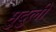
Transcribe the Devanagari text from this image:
मुदुली